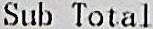
SUB TOTAL